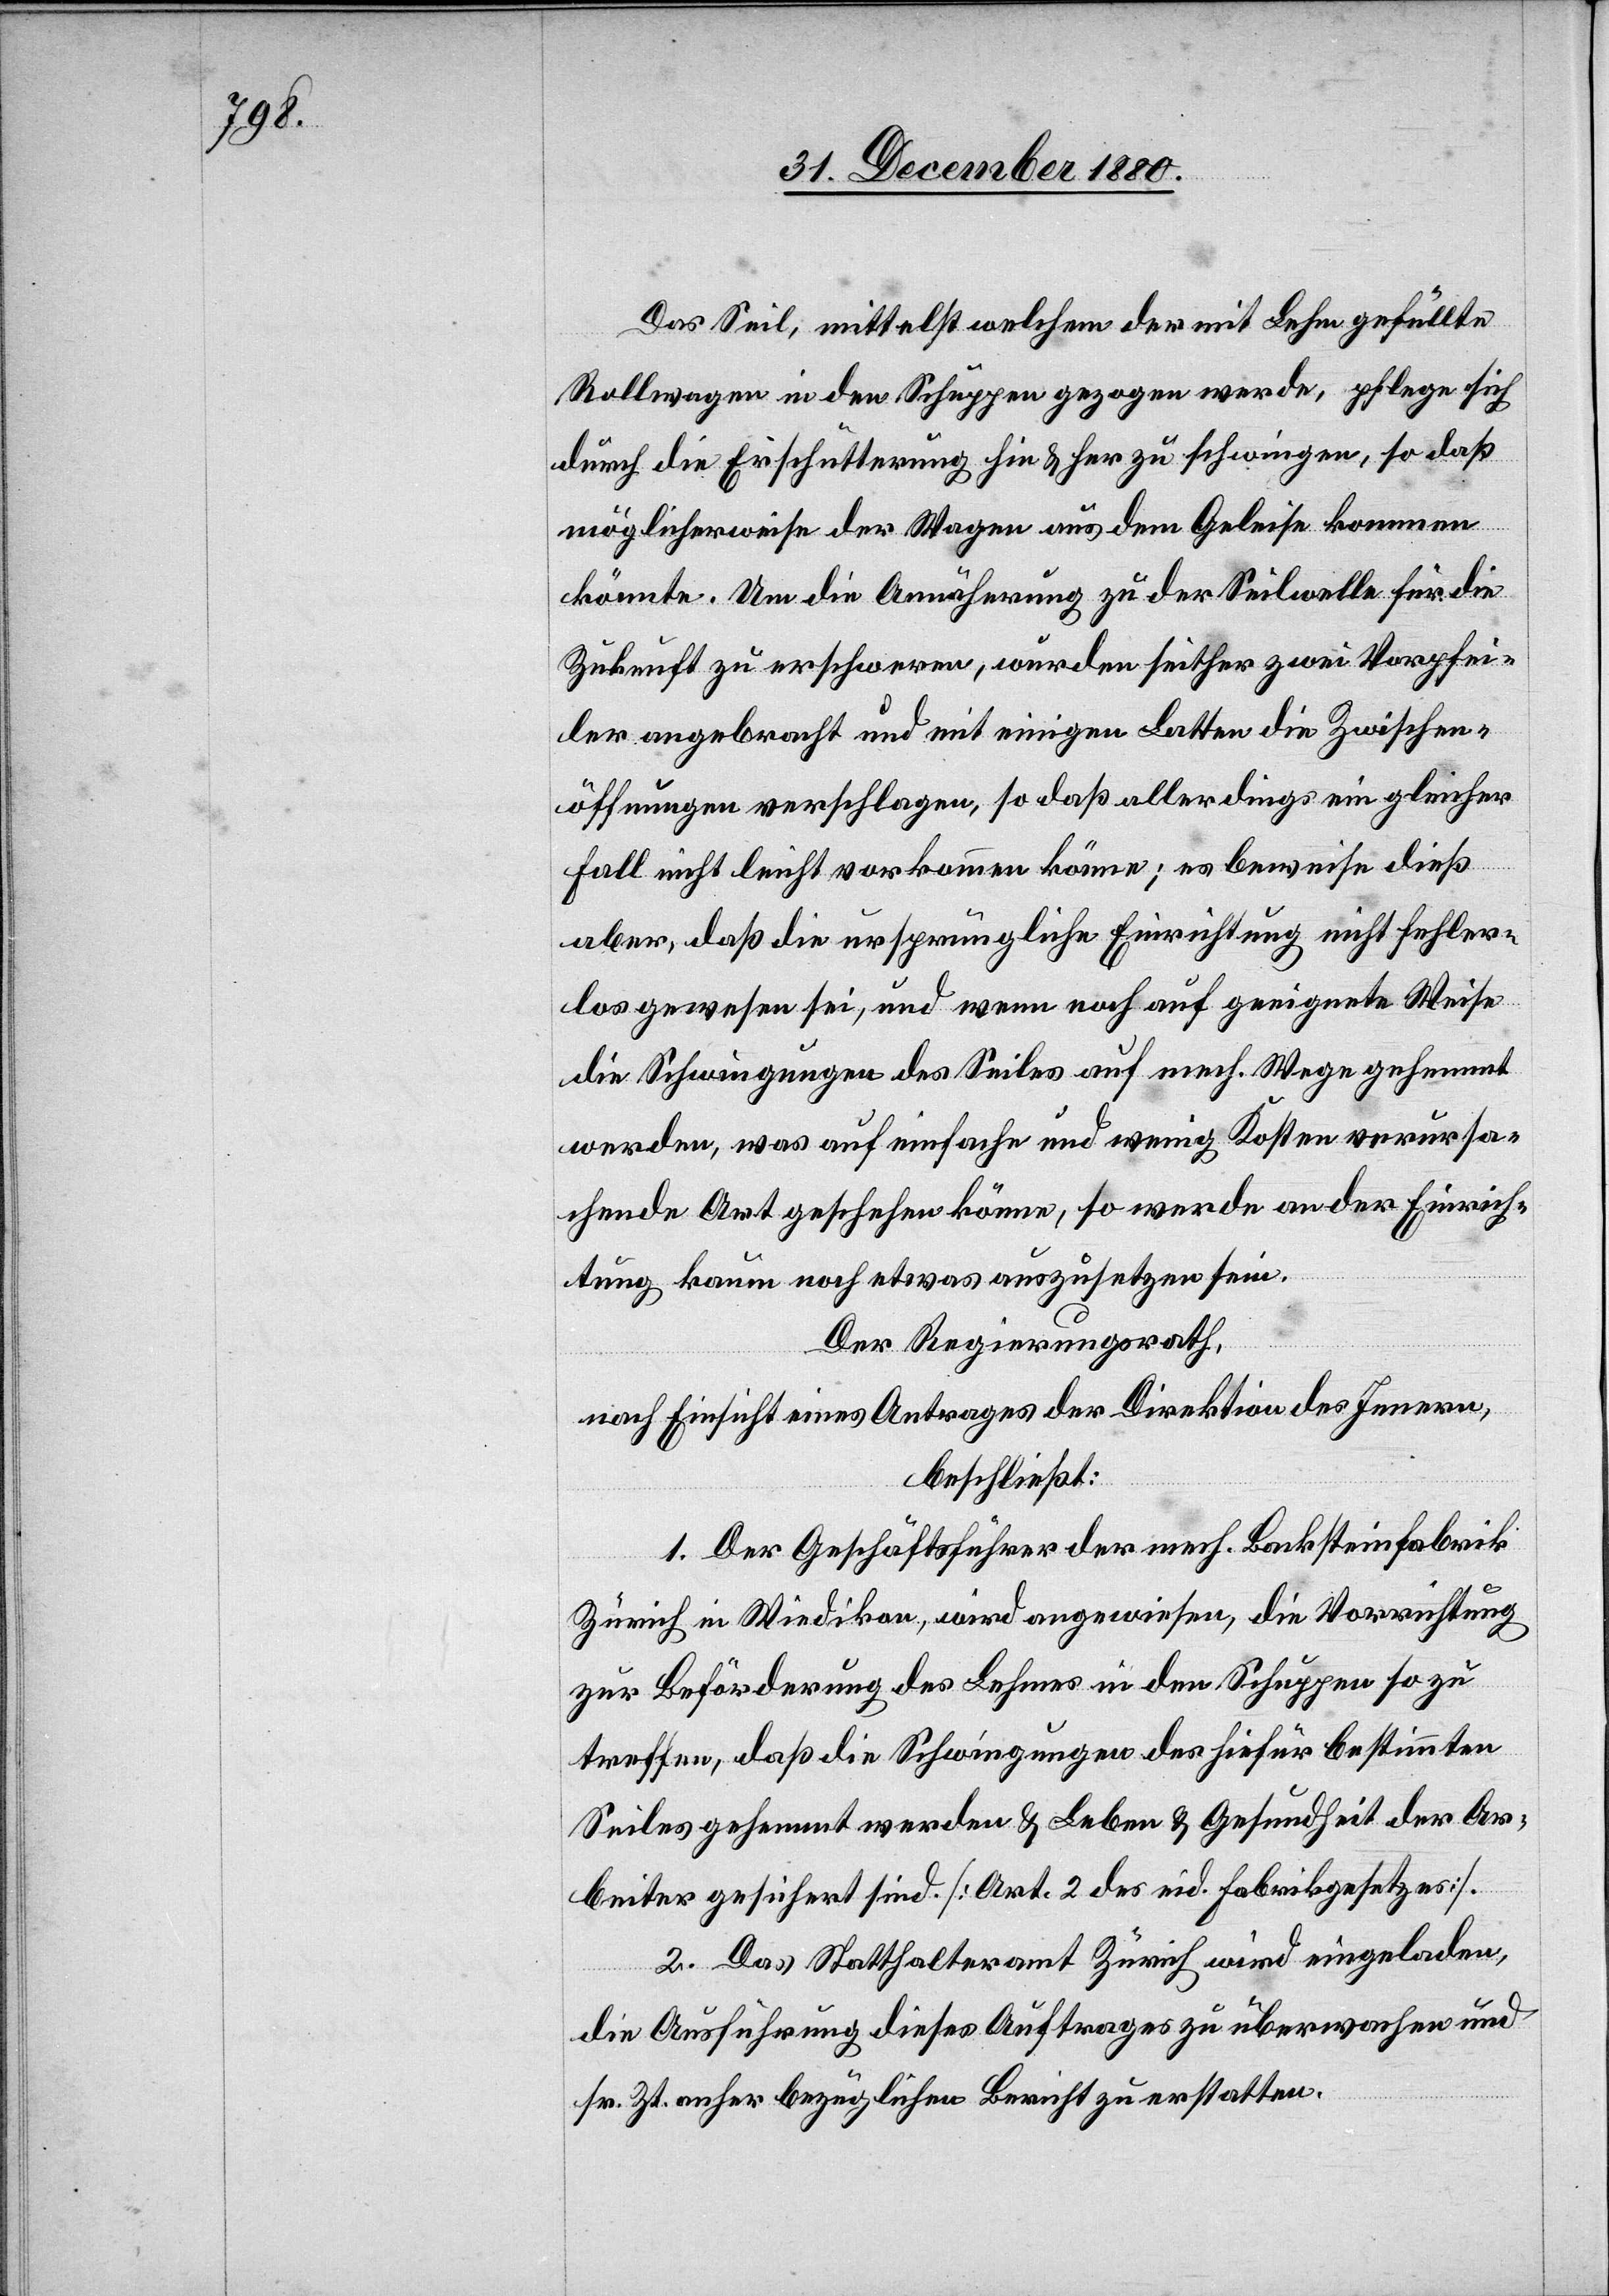
Das Seil, mittelst welchem der mit Lehm gefüllte
Rollwagen in den Schuppen gezogen werde, pflege sich
durch die Erschütterung hin & her zu schwingen, so daß
möglicherweise der Wagen aus dem Geleise kommen
könnte. Um die Annäherung zu der Seilwelle für die
Zukunft zu erschweren, wurden seither zwei Vorpfei¬
ler angebracht und mit einigen Latten die Zwischen¬
öffnungen verschlagen, so daß allerdings ein gleicher
Fall nicht leicht vorkommen könne; es beweise dieß
aber, daß die ursprüngliche Einrichtung nicht fehler¬
los gewesen sei, und wenn noch auf geeignete Weise
die Schwingungen des Seiles auf mech. Wege gehemmt
werden, was auf einfache und wenige Kosten verursa¬
chende Art geschehen könne, so werde an der Einrich¬
tung kaum noch etwas auszusetzen sein.
Der Regierungsrath,
nach Einsicht eines Antrages der Direktion des Innern,
beschließt:
1. Der Geschäftsführer der mech. Backsteinfabrik
Zürich in Wiedikon, wird angewiesen, die Vorrichtung
zur Beförderung des Lehmes in den Schuppen so zu
treffen, daß die Schwingungen des hiefür bestimmten
Seiles gehemmt werden & Leben & Gesundheit der Ar¬
beiter gesichert sind. [Art. 2 des eid. Fabrikgesetzes].
2. Das Statthalteramt Zürich wird eingeladen,
die Ausführung dieses Auftrages zu überwachen und
sr. Zt. anher bezüglichen Bericht zu erstatten.